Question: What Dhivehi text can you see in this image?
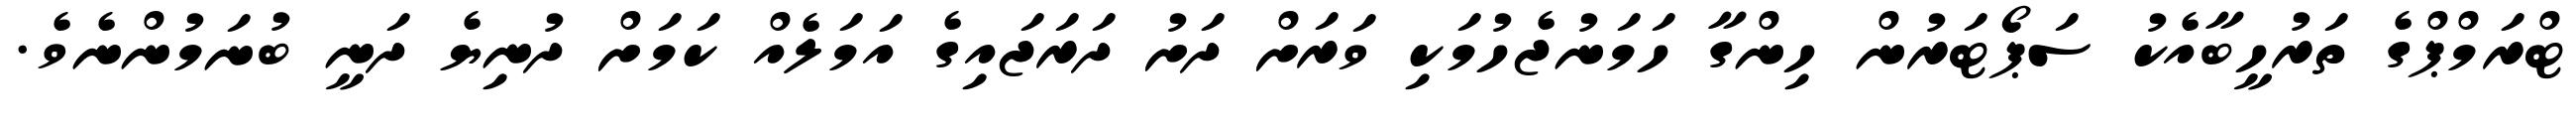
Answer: ޓްރަމްޕްގެ ތަރުހީބާއެކު ސަޕޯޓަރުން ހިންގާ ހަމަނުޖެހުމަކި ވަރަށް ދަށު ދަރަޖައިގެ އަމަލެއް ކަމަށް ދުނިޔެ ދަނީ ބުނަމުންނެވެ.